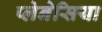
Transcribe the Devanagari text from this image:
प्लेनेसिया